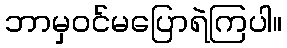
ဘာမှဝင်မပြောရဲကြပါ။